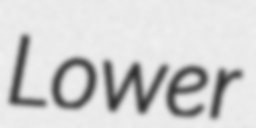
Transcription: Lower